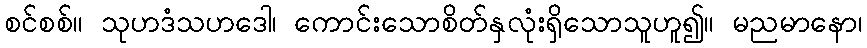
စင်စစ်။ သုဟဒံသဟဒေါ၊ ကောင်းသောစိတ်နှလုံးရှိသောသူဟူ၍။ မညမာနော၊